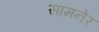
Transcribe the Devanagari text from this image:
सामनेर